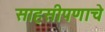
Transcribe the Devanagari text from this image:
साहसीपणाचे